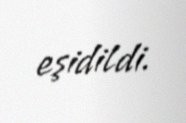
eşidildi.